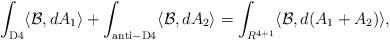
LaTeX: \begin{align*}\int_{\rm D4} \langle {\cal B}, dA_1\rangle+\int_{\rm anti-D4}\langle {\cal B}, dA_2\rangle =\int_{R^{4+1}} \langle {\cal B}, d(A_1+A_2)\rangle , \end{align*}